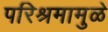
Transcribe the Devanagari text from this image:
परिश्रमामुळे